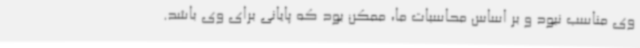
وی مناسب نبود و بر اساس محاسبات ما، ممکن بود که پایانی برای وی باشد.